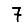
Digit: 7